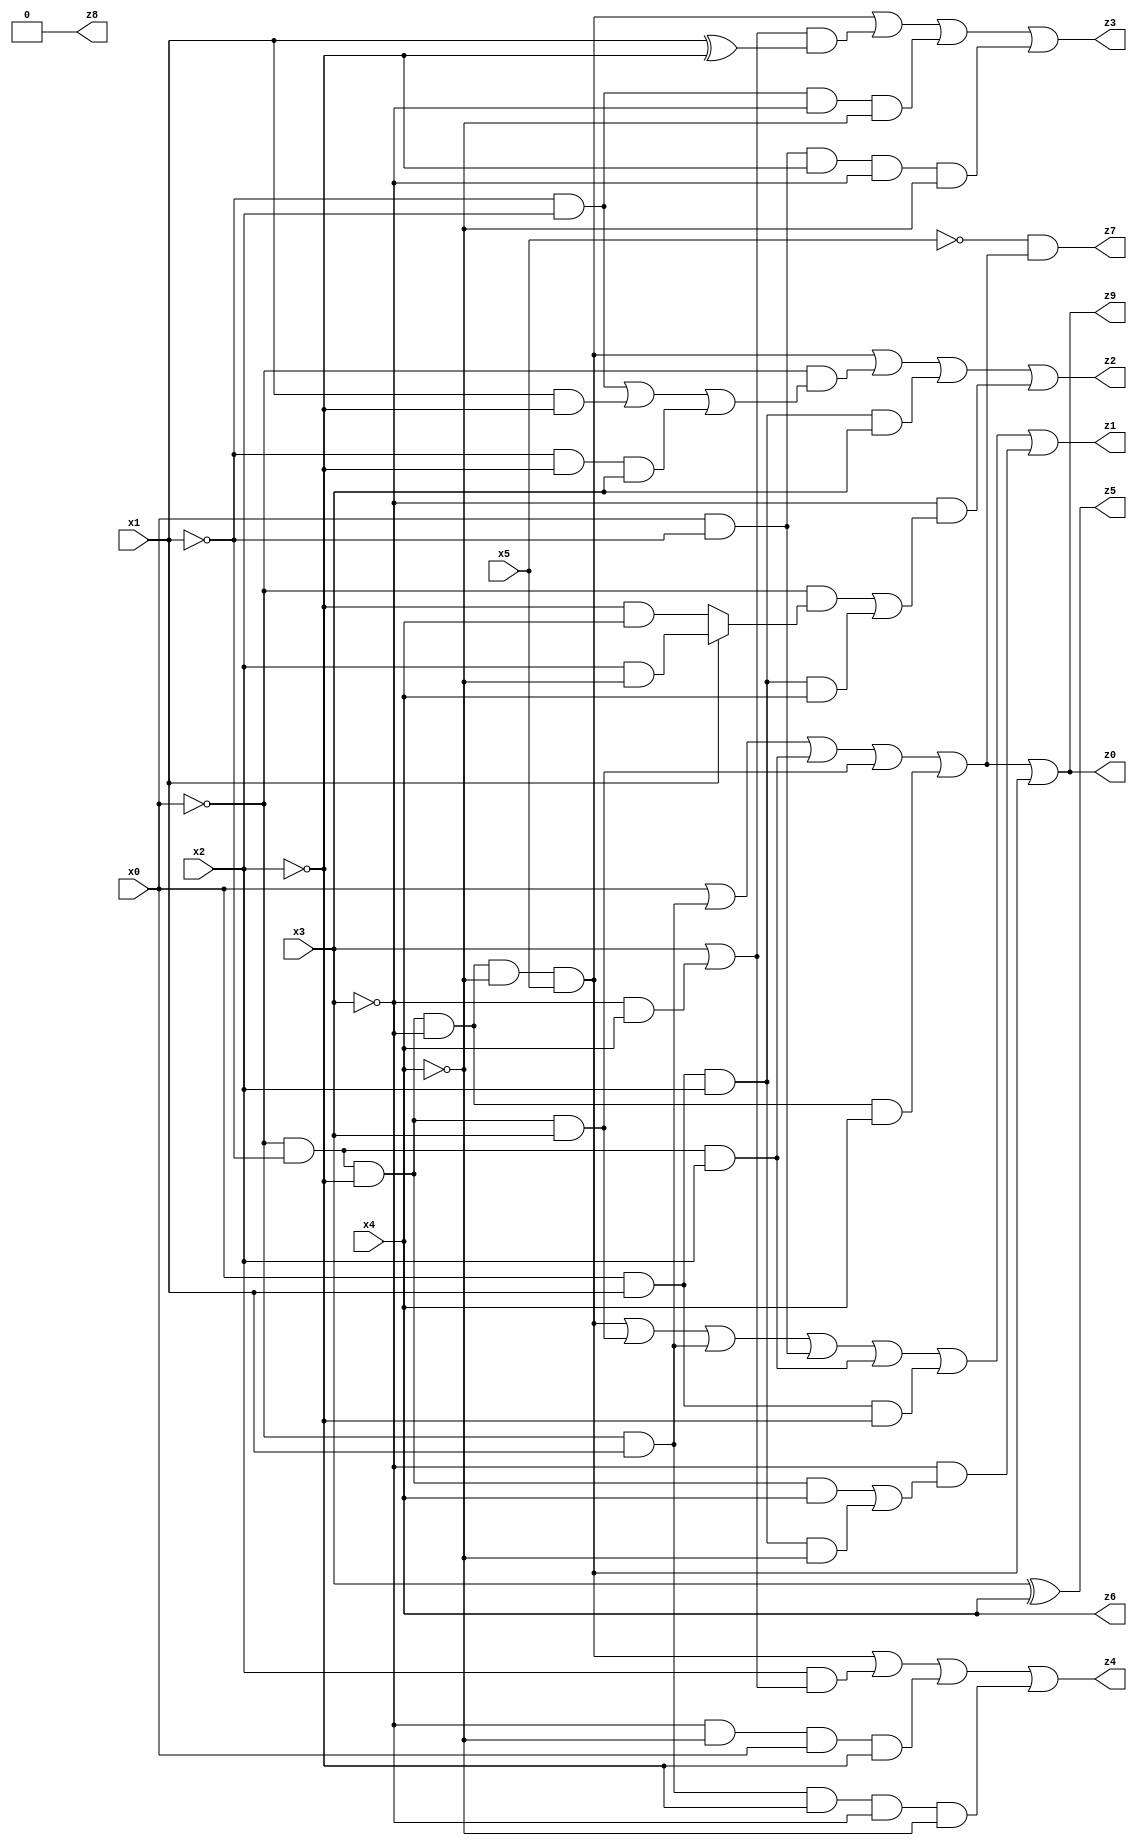
// Benchmark "X_29" written by ABC on Mon Jun 05 18:09:40 2023

module X_29 ( 
    x0, x1, x2, x3, x4, x5,
    z0, z1, z2, z3, z4, z5, z6, z7, z8, z9  );
  input  x0, x1, x2, x3, x4, x5;
  output z0, z1, z2, z3, z4, z5, z6, z7, z8, z9;
  assign z0 = x0 | (~x0 & x1) | (~x0 & ~x1 & x2) | (~x0 & ~x1 & ~x2 & x3) | (~x0 & ~x1 & ~x2 & ~x3 & x4) | (~x0 & ~x1 & ~x2 & ~x3 & ~x4 & x5);
  assign z1 = (~x0 & ~x1 & ~x2 & ~x3 & ~x4 & x5) | (~x0 & ~x1 & ~x2 & x3) | (~x0 & x1) | (x0 & ~x1) | (~x0 & ~x1 & x2) | (x0 & x1 & ~x2) | (~x3 & ((~x0 & ~x1 & ~x2 & x4) | (x0 & x1 & x2 & ~x4)));
  assign z2 = (~x0 & ~x1 & ~x2 & ~x3 & ~x4 & x5) | (~x0 & ((~x1 & x2) | (x1 & ~x2) | (~x1 & ~x2 & x3))) | (x0 & x1 & x2 & x3) | (~x3 & ((~x0 & (x1 ? (x2 & ~x4) : (~x2 & x4))) | (x0 & x1 & x2 & x4)));
  assign z3 = (~x0 & ~x1 & ~x2 & ~x3 & ~x4 & x5) | ((x3 | (~x3 & x4)) & (x1 ^ ~x2)) | (~x1 & x2 & ~x3 & ~x4) | (x0 & ~x1 & ~x2 & ~x3 & ~x4);
  assign z4 = (~x0 & ~x1 & ~x2 & ~x3 & ~x4 & x5) | (x2 & (x3 | (~x3 & x4))) | (~x3 & ~x4 & x0 & ~x2) | (~x0 & x1 & ~x2 & ~x3 & ~x4);
  assign z5 = x3 ^ x4;
  assign z6 = x4;
  assign z7 = ~x5 & (x0 | (~x0 & x1) | (~x0 & ~x1 & x2) | (~x0 & ~x1 & ~x2 & x3) | (~x0 & ~x1 & ~x2 & ~x3 & x4));
  assign z8 = 1'b0;
  assign z9 = x0 | (~x0 & x1) | (~x0 & ~x1 & x2) | (~x0 & ~x1 & ~x2 & x3) | (~x0 & ~x1 & ~x2 & ~x3 & x4) | (~x0 & ~x1 & ~x2 & ~x3 & ~x4 & x5);
endmodule